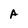
Character: A